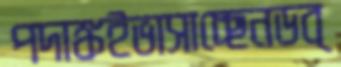
পদাঙ্কইভাসাচ্ছেনডব্